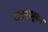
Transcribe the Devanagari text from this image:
राक्षसभूवन